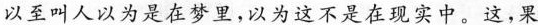
以至叫人以为是在梦里，以为这不是在现实中。这，果